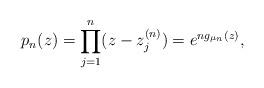
LaTeX: \begin{align*}p_n(z)=\prod_{j=1}^n(z-z_j^{(n)})=e^{ng_{\mu_n}(z)},\end{align*}